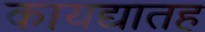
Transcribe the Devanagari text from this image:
कायद्यातह